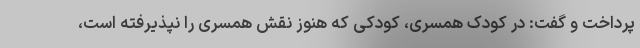
پرداخت و گفت: در کودک همسری، کودکی که هنوز نقش همسری را نپذیرفته است،